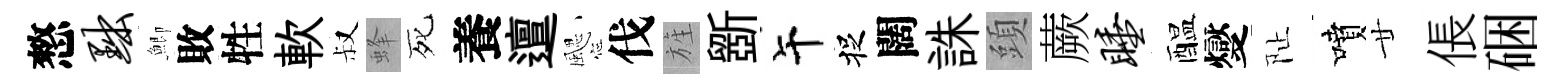
憗黜鯽敗牲軟叔蜂死養邅颸伐旌斵午捉闊誅頭蕨睡醖燮阯噴廿倀硱